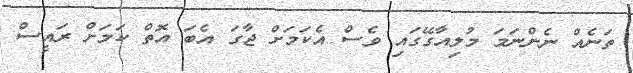
ތަނެއް ނެންނަމަ މުލިއާގޭގައި ވެސް އެކަމަށް ޖާގަ އެބަ އޮތް ކަމަށް ރައީސް